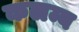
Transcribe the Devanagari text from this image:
कलम्ब